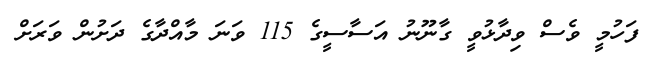
ފަހުމީ ވެސް ވިދާޅުވީ ގާނޫނު އަސާސީގެ 115 ވަނަ މާއްދާގެ ދަށުން ވަރަށް